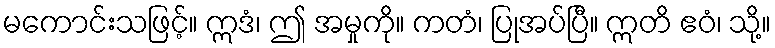
မကောင်းသဖြင့်။ ဣဒံ၊ ဤ အမှုကို။ ကတံ၊ ပြုအပ်ပြီ။ ဣတိ ဧဝံ၊ သို့။